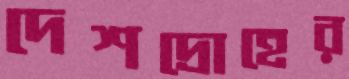
দেশদ্রোহের